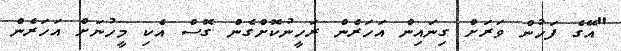
"އޭގެ ފަހުން ވަރަށް ގިނައިން އަހަރެން ރަހީނުކޮށްގެން ގޮސް އެކި މީހުނަށް އަހަރެން